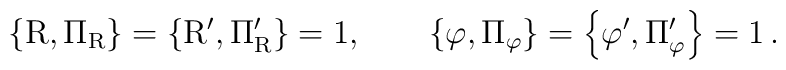
\rm \left\{ R, \Pi_R \right \} = \left\{ R^\prime, \Pi_R^\prime \right \}=1,\qquad \left\{ \varphi, \Pi_\varphi \right \} = \left\{ \varphi^\prime, \Pi_\varphi^\prime \right \} = 1 \, .